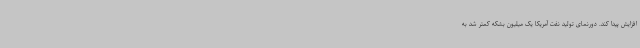
افزایش پیدا کند. دورنمای تولید نفت آمریکا یک میلیون بشکه کمتر شد به